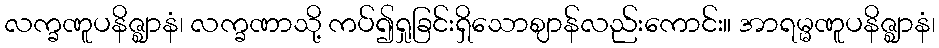
လက္ခဏူပနိဇ္ဈာနံ၊ လက္ခဏာသို့ ကပ်၍ရှုခြင်းရှိသောဈာန်လည်းကောင်း။ အာရမ္မဏူပနိဇ္ဈာနံ၊